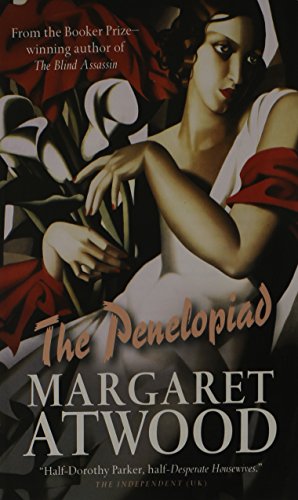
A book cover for The Penelopiad (Canongate Myths); Margaret Atwood; Literature & Fiction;